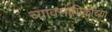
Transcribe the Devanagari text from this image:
व्यावसायिकाच्या